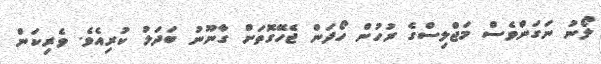
ލޯނު ނަގަންވެސް މަޖްލިސްގެ ރުހުން ހޯދަން ޖެހޭގޮތަށް ގާނޫނު ބަދަލު ކުރިއެވެ. ވެރިކަން